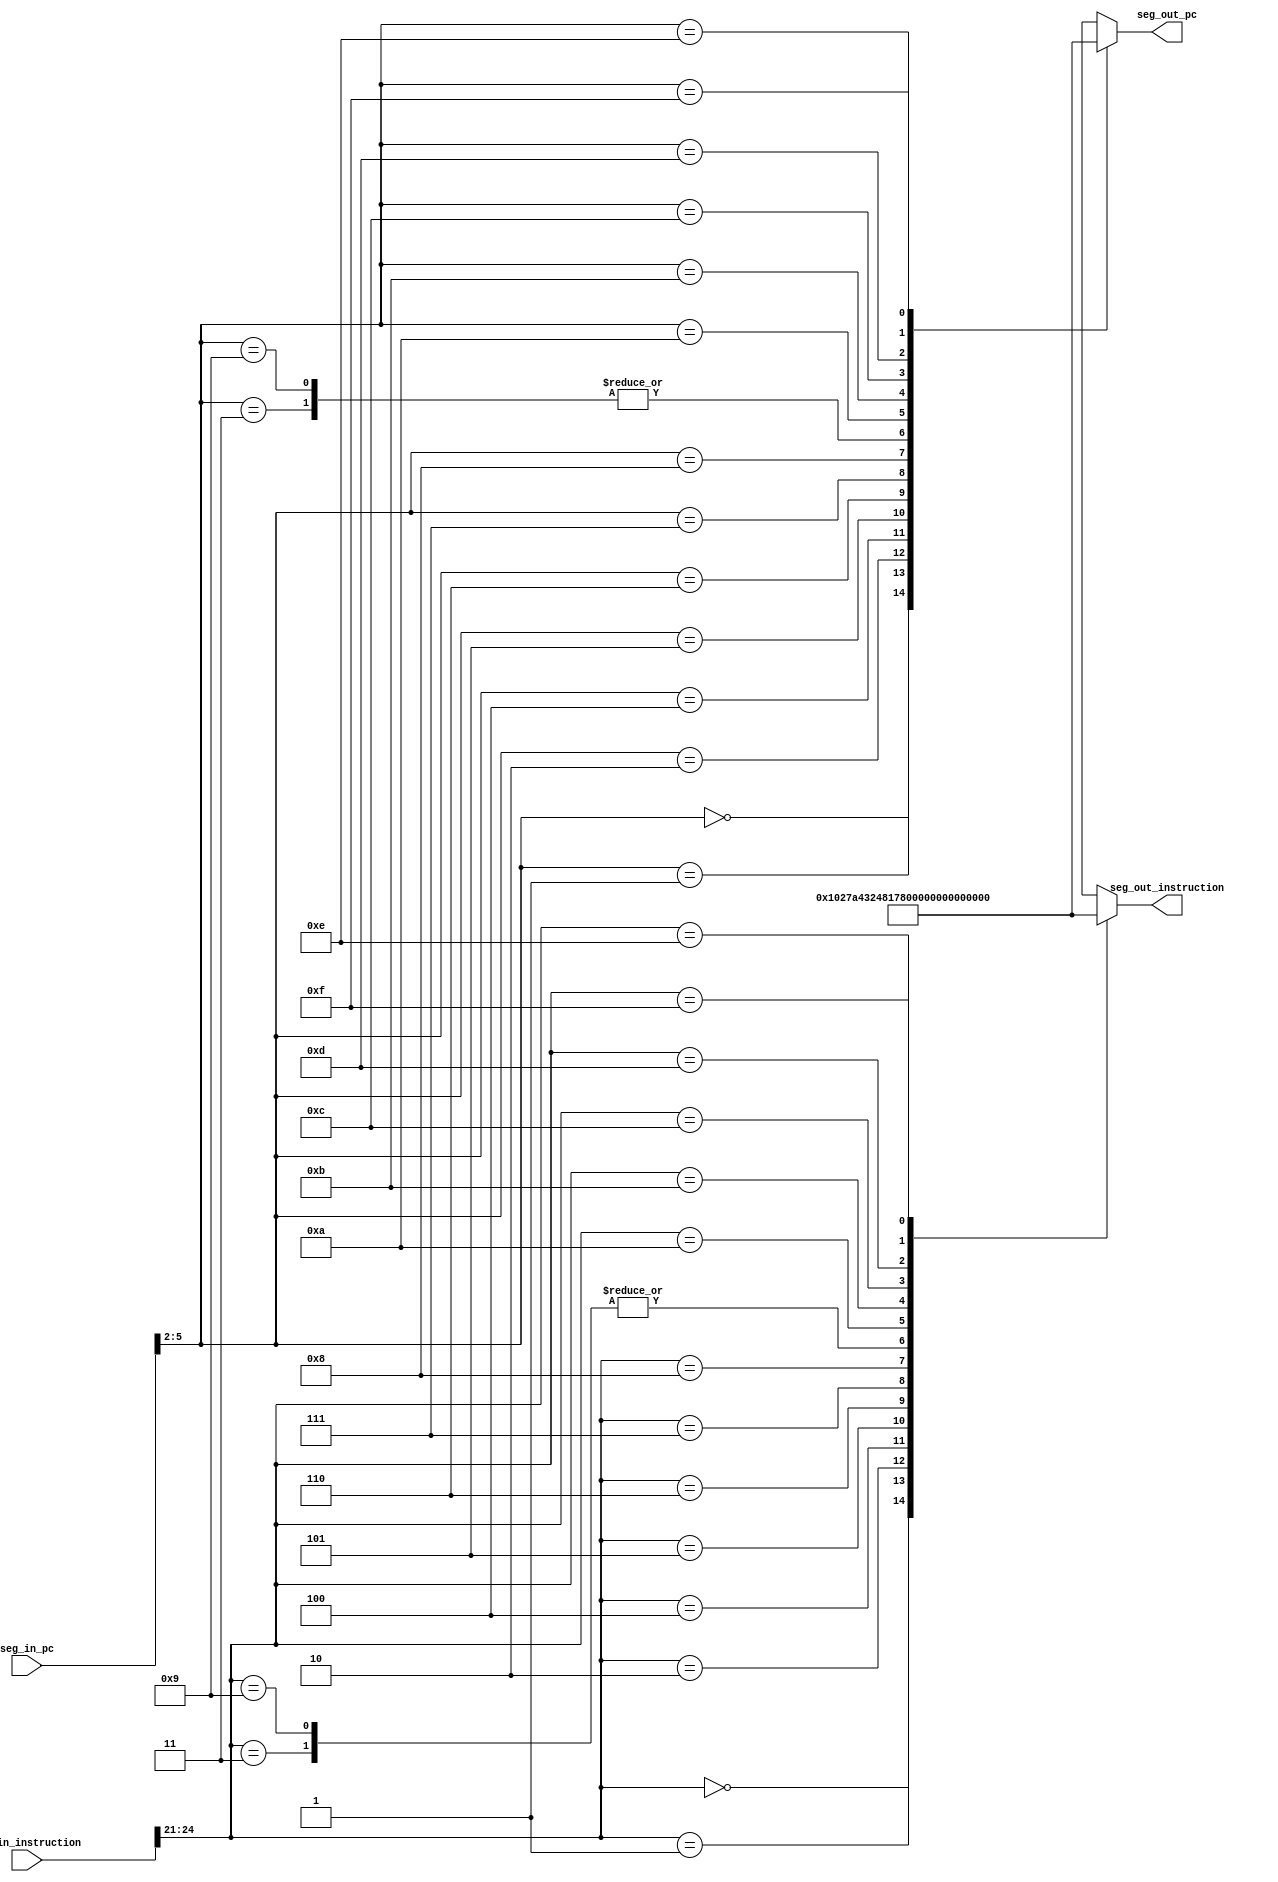
 `timescale 1ns/1ns
module segment(
		input [31:0]seg_in_pc,
		input [31:0]seg_in_instruction,
		output [6:0]seg_out_pc,
		output [6:0]seg_out_instruction
	);
wire[6 : 0]segment_display[15 : 0];
								  //gfedcba
assign segment_display[0] = 7'b1000000; // 0
assign segment_display[1] = 7'b1001111; // 1
assign segment_display[2] = 7'b0100100; // 2
assign segment_display[3] = 7'b0110000; // 3
assign segment_display[4] = 7'b0011001; // 4
assign segment_display[5] = 7'b0010010;
assign segment_display[6] = 7'b0000010;
assign segment_display[7] = 7'b1111000; // 7
assign segment_display[8] = 7'b0000000; // 8
assign segment_display[9] = 7'b0110000; // 9

assign segment_display[10] = 7'b0001000; // A
assign segment_display[11] = 7'b0000011;
assign segment_display[12] = 7'b1000110;
assign segment_display[13] = 7'b0000001; // D
assign segment_display[14] = 7'b0000110;
assign segment_display[15] = 7'b0001110; // F

assign seg_out_pc = segment_display[seg_in_pc[5:2]];
assign seg_out_instruction = segment_display[seg_in_instruction[24:21]];

endmodule